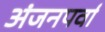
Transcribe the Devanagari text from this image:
अंजनपर्वा